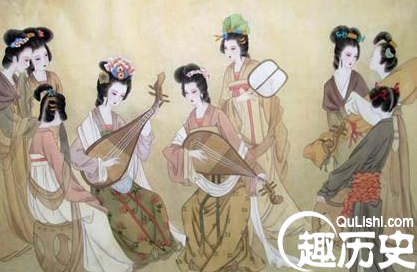
人家见生男女好，不知男女催人老。